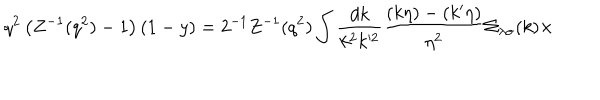
q ^ { 2 } \left( Z ^ { - 1 } ( q ^ { 2 } ) - 1 \right) ( 1 - y ) = 2 ^ { - 1 } Z ^ { - 1 } ( q ^ { 2 } ) \int \frac { d k } { k ^ { 2 } k ^ { 2 } } \frac { ( k \eta ) - ( k ^ { \prime } \eta ) } { \eta ^ { 2 } } \Sigma _ { \lambda \sigma } ( k ) \times